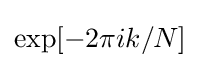
\exp[-2\pi ik/N]